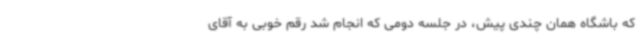
که باشگاه همان چندی پیش، در جلسه دومی که انجام شد رقم خوبی به آقای